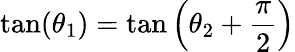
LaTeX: \tan(\theta_{1})=\tan\left(\theta_{2}+{\frac{\pi}{2}}\right)